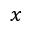
_ x